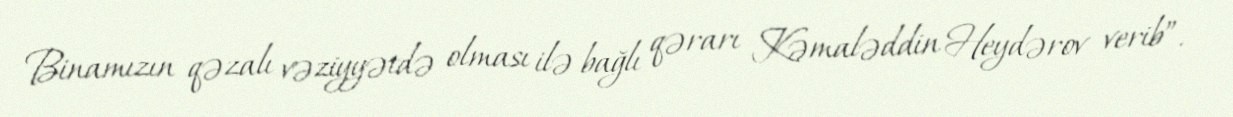
Binamızın qəzalı vəziyyətdə olması ilə bağlı qərarı Kəmaləddin Heydərov verib”.